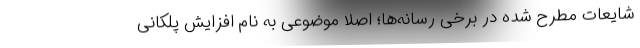
شایعات مطرح شده در برخی رسانه‌ها؛ اصلا موضوعی به نام افزایش پلکانی